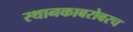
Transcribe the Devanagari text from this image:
स्थानकाबरोबरच